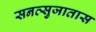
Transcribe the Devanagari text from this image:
सनत्सुजातास